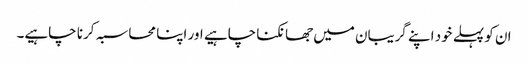
ان کو پہلے خود اپنے گریبان میں جھانکنا چاہیے اور اپنا محاسبہ کرنا چاہیے۔